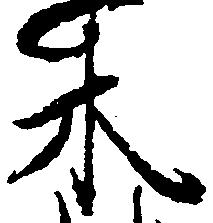
木